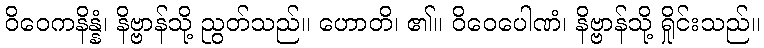
ဝိဝေကနိန္နံ၊ နိဗ္ဗာန်သို့ ညွတ်သည်။ ဟောတိ၊ ၏။ ဝိဝေပေါဏံ၊ နိဗ္ဗာန်သို့ ရှိုင်းသည်။